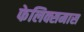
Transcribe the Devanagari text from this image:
फेलिक्समास